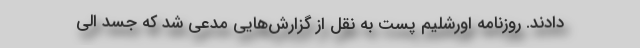
دادند. روزنامه اورشلیم پست به نقل از گزارش‌هایی مدعی شد که جسد الی